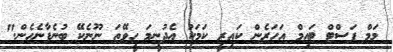
މަމް ފަސްޓް ޓައިމް އަހަރެން ކައިރީ ކަމަކު އެދުނީމަ ހީވޭތަ ނޫނެކޭ ބުނެފާނެހެން."